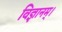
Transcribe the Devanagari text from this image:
विज्ञानम्।